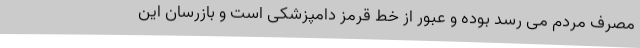
مصرف مردم می رسد بوده و عبور از خط قرمز دامپزشکی است و بازرسان این